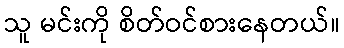
သူ မင်းကို စိတ်ဝင်စားနေတယ်။